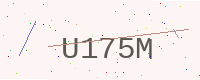
Text: U175M